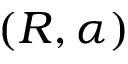
\left( R , \alpha \right)